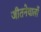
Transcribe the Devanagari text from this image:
जीतनेवालों